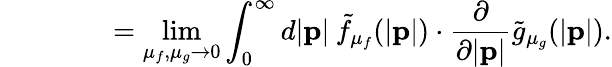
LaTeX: \: \: \: \: \: \: \: \: \: \: \: \: \: \: \: \: \: \: =\operatorname*{lim}_{\mu_{f},\mu_{g}\to 0}\int_{0}^{\infty}d|{\mathbf p}|\: {\tilde{f}}_{{\mu}_{f}}(|{\mathbf p}|)\cdot\frac{\partial}{\partial|{\mathbf p}|}{\tilde{g}}_{{\mu}_{g}}(|{\mathbf p}|).